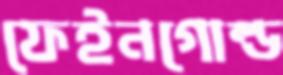
ফেইনগোল্ড